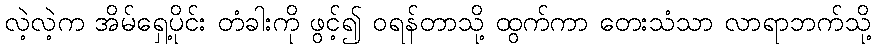
လဲ့လဲ့က အိမ်ရှေ့ပိုင်း တံခါးကို ဖွင့်၍ ဝရန်တာသို့ ထွက်ကာ တေးသံသာ လာရာဘက်သို့